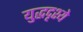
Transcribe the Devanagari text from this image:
युद्धदृश्ये